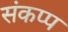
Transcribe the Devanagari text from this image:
संकप्प